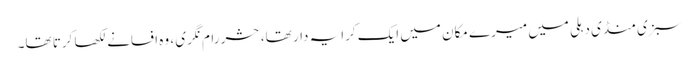
سبزی منڈی دہلی میں میرے مکان میں ایک کرایہ دار تھا، حشر رام نگری ، وہ افسانے لکھا کرتا تھا۔